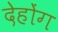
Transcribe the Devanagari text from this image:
देहोंग